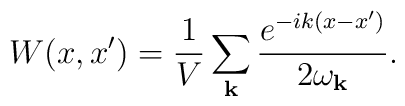
W(x,x')=\frac{1}{V} \sum_{{\bf k}} \frac{e^{-ik(x-x')}}{2\omega_{{\bf k}}} .